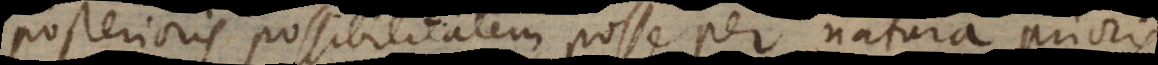
posterioris possibilitatem posse per natura prioris